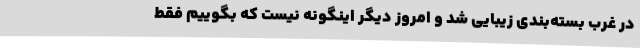
در غرب بسته‌بندی زیبایی شد و امروز دیگر اینگونه نیست که بگوییم فقط